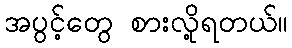
အပွင့်တွေ စားလို့ရတယ်။